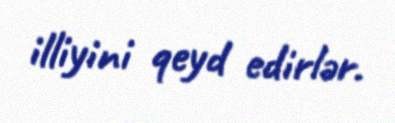
illiyini qeyd edirlər.